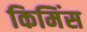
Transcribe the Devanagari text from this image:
किमिंस